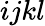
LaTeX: ijkl